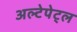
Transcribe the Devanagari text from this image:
अल्टेपेट्ल